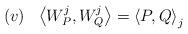
LaTeX: \begin{align*}\begin{array}[c]{cc}(v) & \left\langle W_{P}^{j},W_{Q}^{j}\right\rangle=\left\langle P,Q\right\rangle _{j}\end{array}\end{align*}